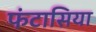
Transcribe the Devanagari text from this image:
फंटासिया